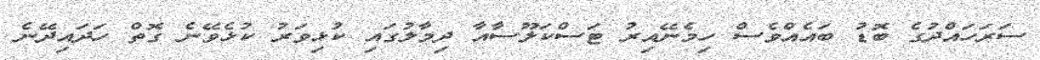
ސަރަހައްދުގެ ބޮޑު ބައެއްވެސް ހިމެނޭއިރު ޓަސްކަލޫސާއާ ދިމާލުގައި ކުޅިވަރު ކުޅެވޭނެ ގޮތް ހަދައިދޭނެ